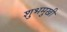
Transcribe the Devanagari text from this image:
शुभमुखी